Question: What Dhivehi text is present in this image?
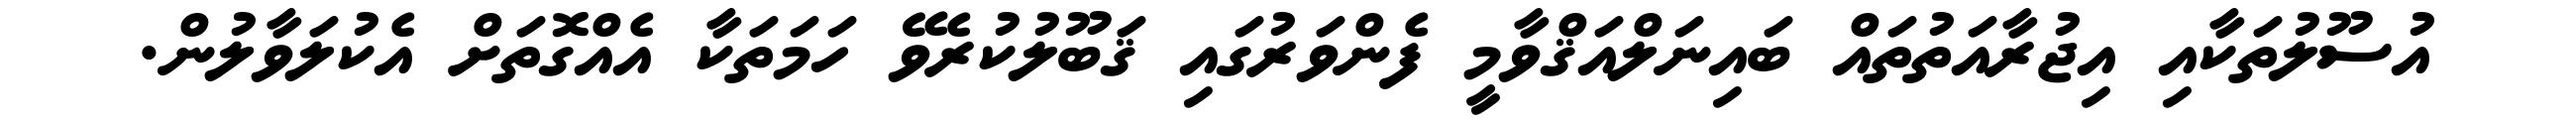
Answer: އުސޫލުތަކާއި އިޖުރާއަތުތައް ބައިނަލްއަޤްވާމީ ފެންވަރުގައި ޤަބޫލުކުރެވޭ ހަމަތަކާ އެއްގޮތަށް އެކުލަވާލުން.